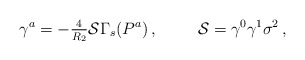
\begin{align*}\gamma^{a}=-{\textstyle\frac{4}{R_{2}}} \mathcal{S}\Gamma_{s}(P^{a})\, ,\hspace{1cm}\mathcal{S} = \gamma^{0}\gamma^{1}\sigma^{2}\, ,\end{align*}